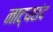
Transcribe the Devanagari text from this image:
नाट्यछंद